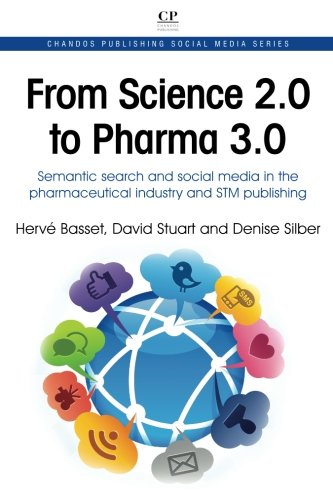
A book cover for From Science 2.0 to Pharma 3.0: Semantic Search and Social Media in the Pharmaceutical industry and STM Publishing (Chandos Publishing Social Media Series); HervÃ© Basset; Business & Money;